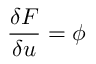
\frac { \delta F } { \delta u } = \phi